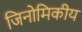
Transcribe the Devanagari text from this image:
जिनोमिकीय